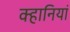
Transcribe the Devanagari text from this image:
क्हानियां